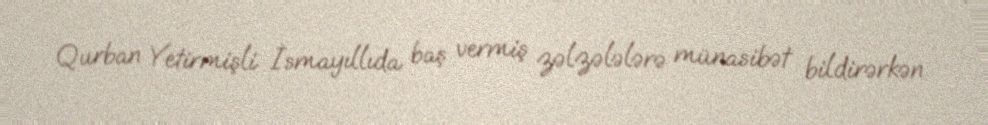
Qurban Yetirmişli İsmayıllıda baş vermiş zəlzələlərə münasibət bildirərkən